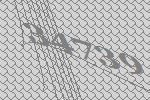
34739